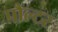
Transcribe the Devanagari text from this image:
पौल्टर